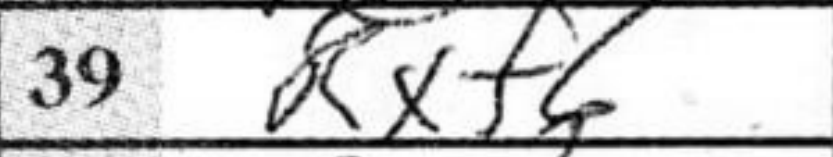
Transcription: Rxf6